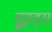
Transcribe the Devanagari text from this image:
ड्रूइड्स